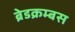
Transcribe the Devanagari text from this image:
ब्रेडक्रम्बस